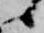
候